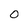
Character: 0